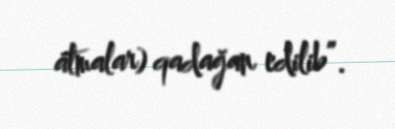
atmalar) qadağan edilib”.